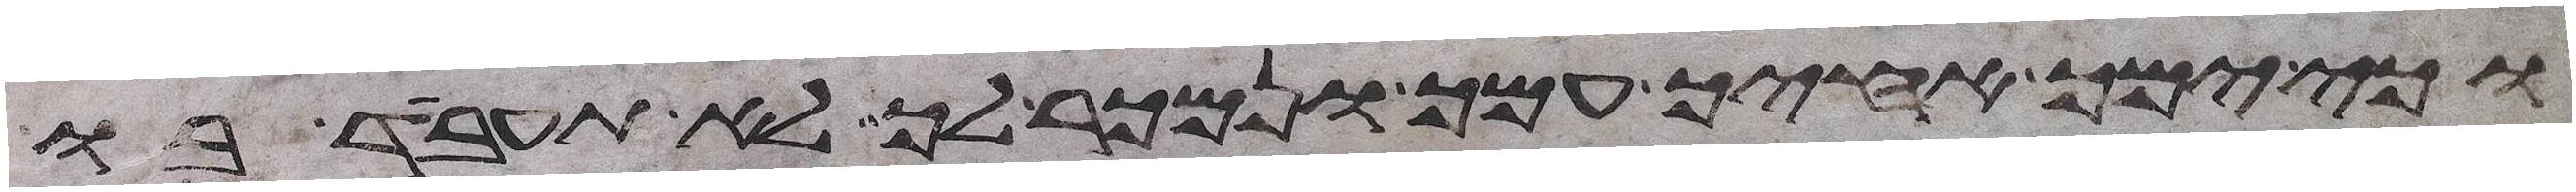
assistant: וכי ימך אחיך עמך ונמכר לך לא תעבד בו